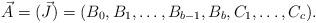
LaTeX: \begin{align*} \vec{A} = (\vec{J}) = (B_0, B_1, \dots, B_{b-1}, B_b, C_1, \dots, C_c). \end{align*}